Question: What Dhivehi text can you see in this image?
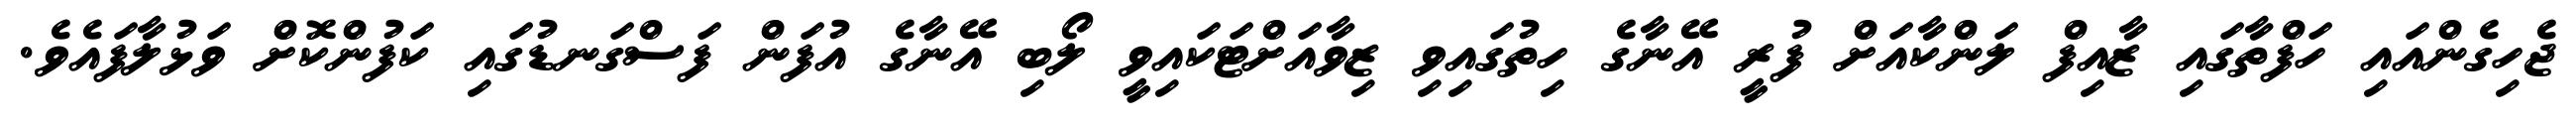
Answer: ޖެހިގެންއައި ހަފްތާގައި ޒާއިފް ލަންކާއަށް ފުރީ އޭނާގެ ހިތުގައިވި ޒިވާއަށްޓަކައިވީ ލޯބި އޭނާގެ އުފަން ފަސްގަނޑުގައި ކަފުންކޮށް ވަޅުލާފައެވެ.